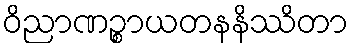
ဝိညာဏဉ္စာယတနနိဿိတာ